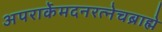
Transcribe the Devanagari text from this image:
अपरार्केमदनरत्नेचब्राह्मे